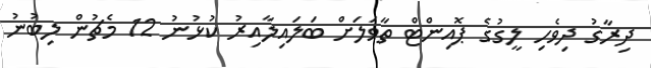
ދިރާގު ދިވެހި ލީގުގެ ޕޮއިންޓް ތާވަލަށް ބަލައިލާއިރު ކުޅުނު 12 މެޗުން ލިބުނު